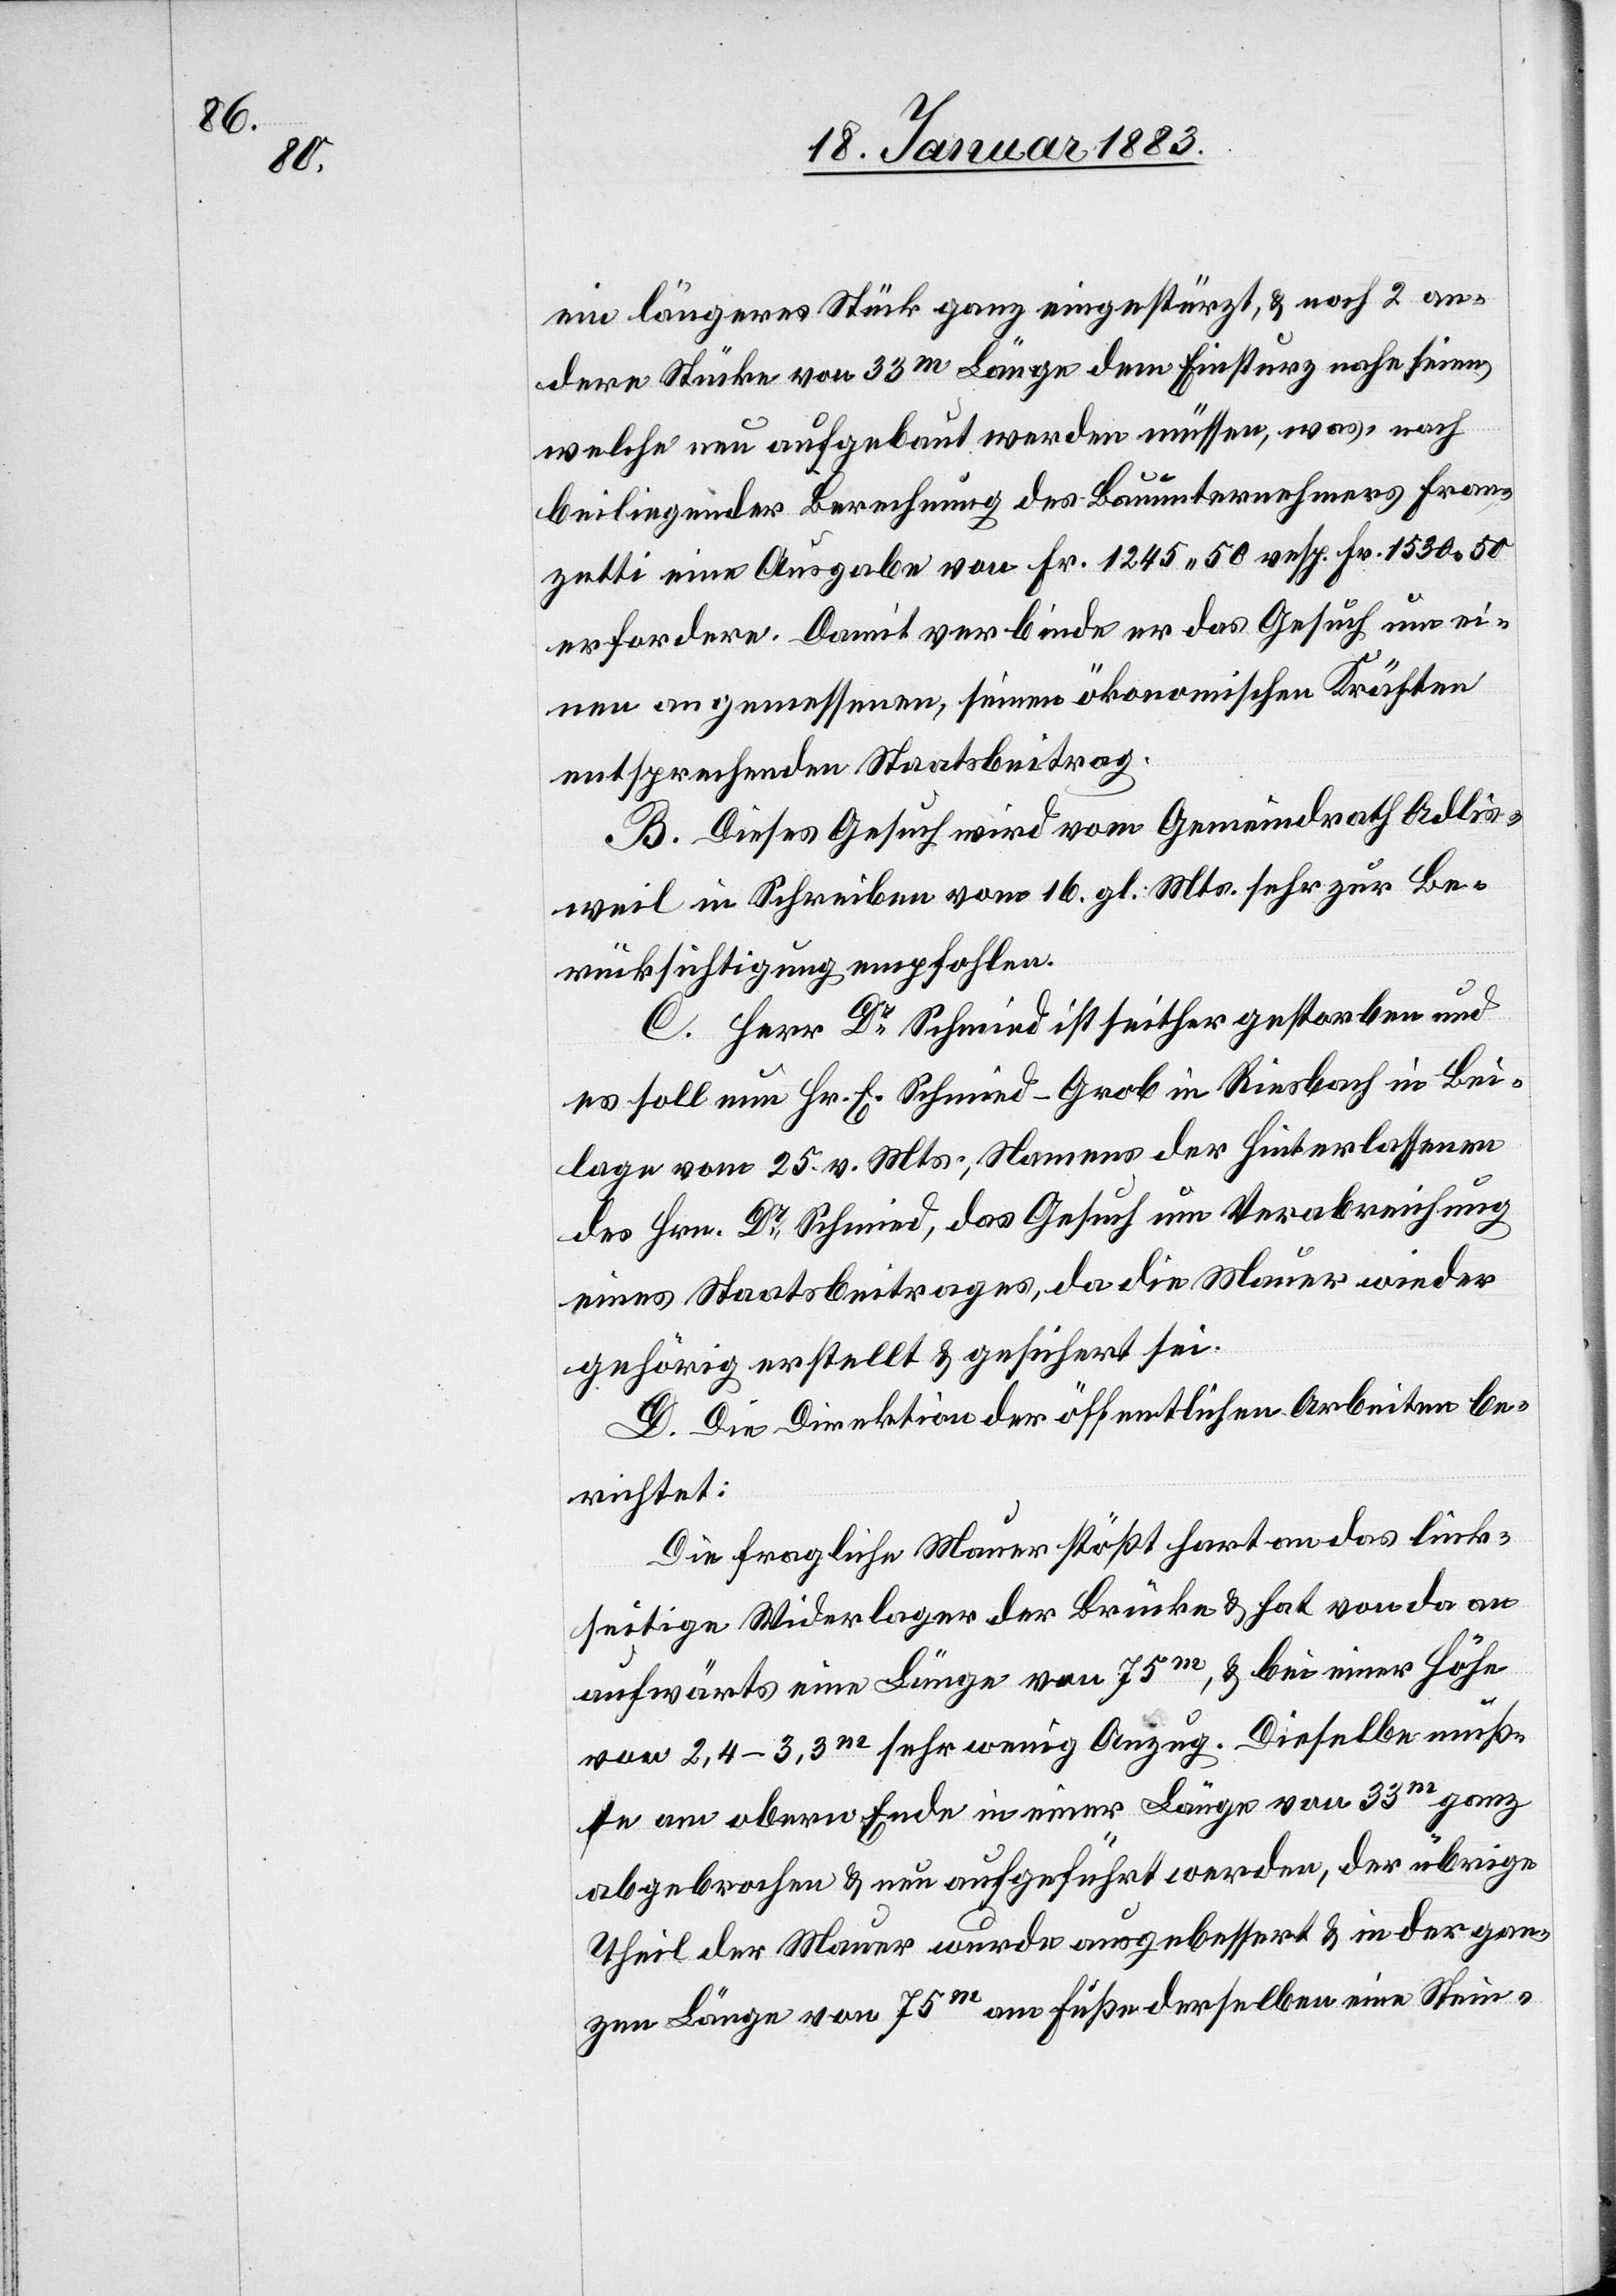
ein längeres Stück ganz eingestürzt, & noch 2 an¬
dere Stücke von 33m Länge dem Einsturz nahe seien,
welche nun aufgebaut werden müssen, was nach
beiliegender Berechnung des Bauunternehmers Fran¬
zetti eine Ausgabe von Fr. 1245.50 resp. Fr. 1530.50
erfordere. Damit verbinde er das Gesuch um ei¬
nen angemessenen, seinen ökonomischen Kräften
entsprechenden Staatsbeitrag.
B. Dieses Gesuch wird vom Gemeindrath Adlis¬
weil in Schreiben vom 16. gl. Mts. sehr zur Be¬
rücksichtigung empfohlen.
C. Herr Dr Schmied [sic!] ist seither gestorben und
stellt ] nun Hr. E. Schmied-Grob in Riesbach in Bei¬
lage vom 25. v. Mts., Namens der Hinterlassenen
des Hrn. Dr Schmied, das Gesuch um Verabreichung
eines Staatsbeitrages, da die Mauer wieder
gehörig erstellt & gesichert sei.
D. Die Direktion der öffentlichen Arbeiten be¬
richtet:
Die fragliche Mauer stößt hart an das link¬
seitige Widerlager der Brücke & hat von da an
aufwärts eine Länge von 75m, & bei einer Höhe
von 2,4–3,3m sehr wenig Anzug. Dieselbe muß¬
te am obern Ende in einer Länge von 33m ganz
abgebrochen & neu aufgeführt werden, der übrige
Theil der Mauer wurde ausgebessert & in der gan¬
zen Länge von 75m am Fuße derselben eine Stein-